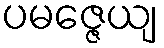
ပမဇ္ဇေယျ